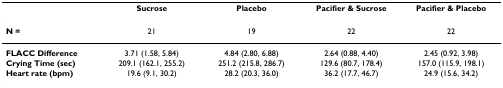
<table><thead><tr><td></td><td><b>Sucrose</b></td><td><b>Placebo</b></td><td><b>Pacifier &amp; Sucrose</b></td><td><b>Pacifier &amp; Placebo</b></td></tr></thead><tbody><tr><td><b>N =</b></td><td>21</td><td>19</td><td>22</td><td>22</td></tr><tr><td><b>FLACC Difference</b></td><td>3.71 (1.58, 5.84)</td><td>4.84 (2.80, 6.88)</td><td>2.64 (0.88, 4.40)</td><td>2.45 (0.92, 3.98)</td></tr><tr><td><b>Crying Time (sec)</b></td><td>209.1 (162.1, 255.2)</td><td>251.2 (215.8, 286.7)</td><td>129.6 (80.7, 178.4)</td><td>157.0 (115.9, 198.1)</td></tr><tr><td><b>Heart rate (bpm)</b></td><td>19.6 (9.1, 30.2)</td><td>28.2 (20.3, 36.0)</td><td>36.2 (17.7, 46.7)</td><td>24.9 (15.6, 34.2)</td></tr></tbody></table>